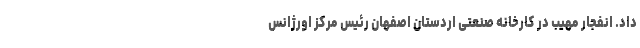
داد. انفجار مهیب در کارخانه صنعتی اردستان اصفهان رئیس مرکز اورژانس